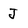
Character: J